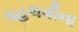
પહલવીના